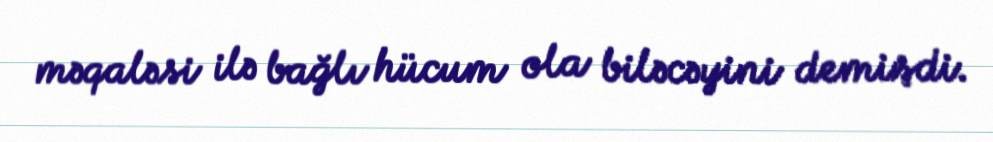
məqaləsi ilə bağlı hücum ola biləcəyini demişdi.